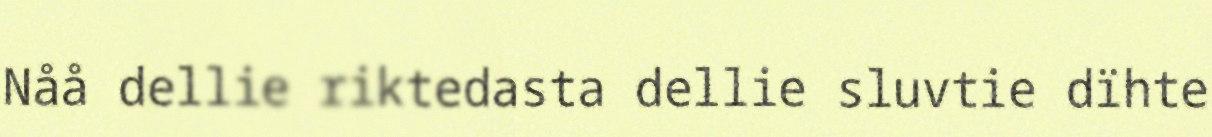
Nåå dellie riktedasta dellie sluvtie dïhte